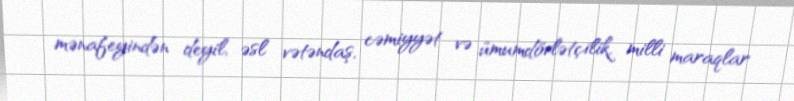
mənafeyindən deyil, əsl vətəndaş, cəmiyyət və ümumdövlətçilik, milli maraqlar